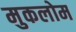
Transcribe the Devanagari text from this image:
मुकलोम